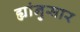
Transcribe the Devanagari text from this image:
ह्यांनुसार